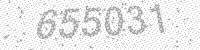
Solution: 655031